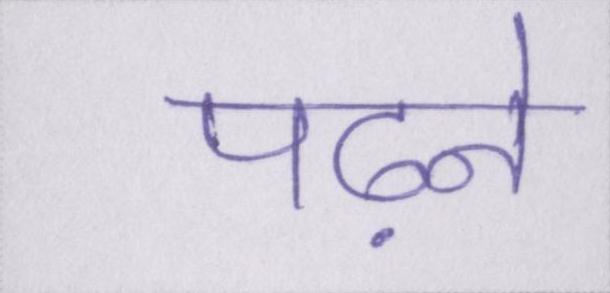
पढ़ने